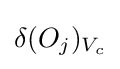
\delta (O_{j})_{V_{c}}